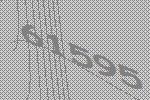
61595